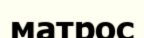
матрос